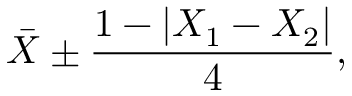
{ \bar { X } } \pm { \frac { 1 - | X _ { 1 } - X _ { 2 } | } { 4 } } ,